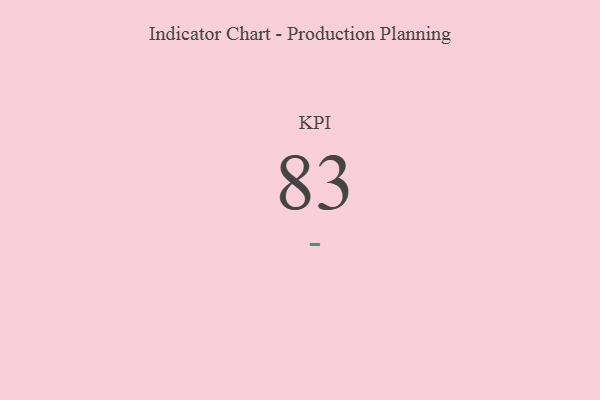
{"axis": {"x": "KPI", "y": "Value"}, "legend": [""], "data": [{"x": "KPI", "y": 83, "type": ""}]}